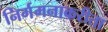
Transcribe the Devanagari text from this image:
निर्गमनाकरीता